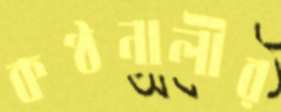
কণ্ঠনালীর